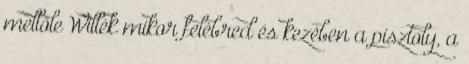
mellőle Willék mikor felébred és kezében a pisztoly, a